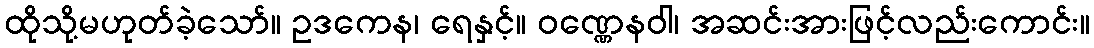
ထိုသို့မဟုတ်ခဲ့သော်။ ဥဒကေန၊ ရေနှင့်။ ဝဏ္ဏေနဝါ၊ အဆင်းအားဖြင့်လည်းကောင်း။